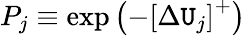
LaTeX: P_{j}\equiv\exp\left(-\left[\Delta\mathtt{U}_{j}\right]^{+}\right)